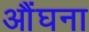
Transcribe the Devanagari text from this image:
औंघना